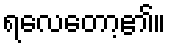
ရလေတော့၏။